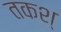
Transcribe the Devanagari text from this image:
तकश्